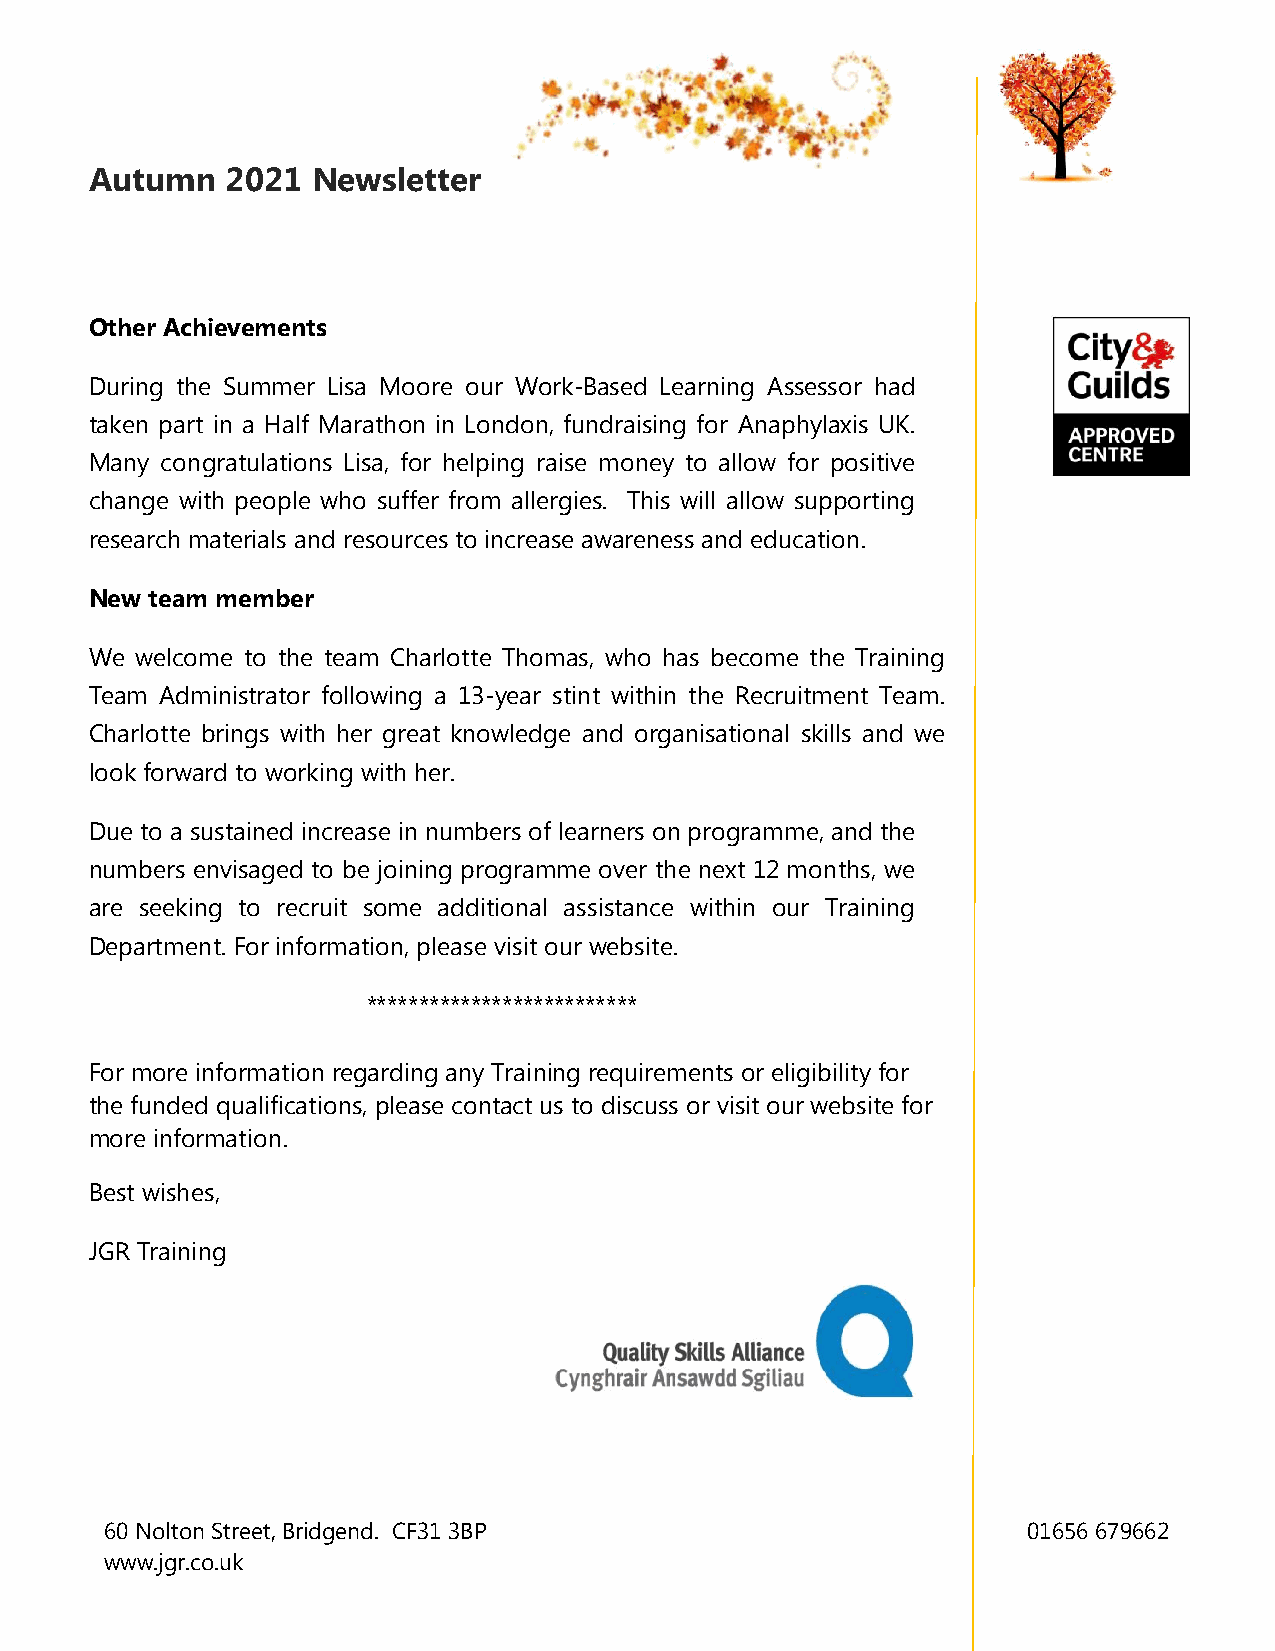
Autumn   2021  Newsletter
 Other Achievements
 During the Summer Lisa Moore our Work-Based Learning Assessor had
 taken part in a Half Marathon in London, fundraising for Anaphylaxis UK.
 Many congratulations Lisa, for helping raise money to allow for positive
 change with people who suffer from allergies. This will allow supporting
 research materials and resources to increase awareness and education.
 New team member
 We welcome to the team Charlotte Thomas, who has become the Training
 Team Administrator following a 13-year stint within the Recruitment Team.
 Charlotte brings with her great knowledge and organisational skills and we
 look forward to working with her.
 Due to a sustained increase in numbers of learners on programme, and the
 numbers envisaged to be joining programme over the next 12 months, we
 are seeking to recruit some additional assistance within our Training
 Department. For information, please visit our website.
 **************************
 For more information regarding any Training requirements or eligibility for
 the funded qualifications, please contact us to discuss or visit our website for
 more information.
 Best wishes,
 JGR Training
 60 Nolton Street, Bridgend. CF31 3BP                         01656 679662
 www.jgr.co.uk